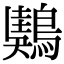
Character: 𪃤